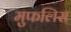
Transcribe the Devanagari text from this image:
मुफलिस